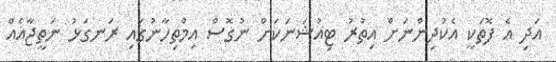
އަދި އެ ފޮތަކީ އެކުދިންނަށް އިތުރު ޓިއުޝަނަކަށް ނުގޮސް އިމްތިހާނުގައި ރަނގަޅު ނަތީޖާއެއް